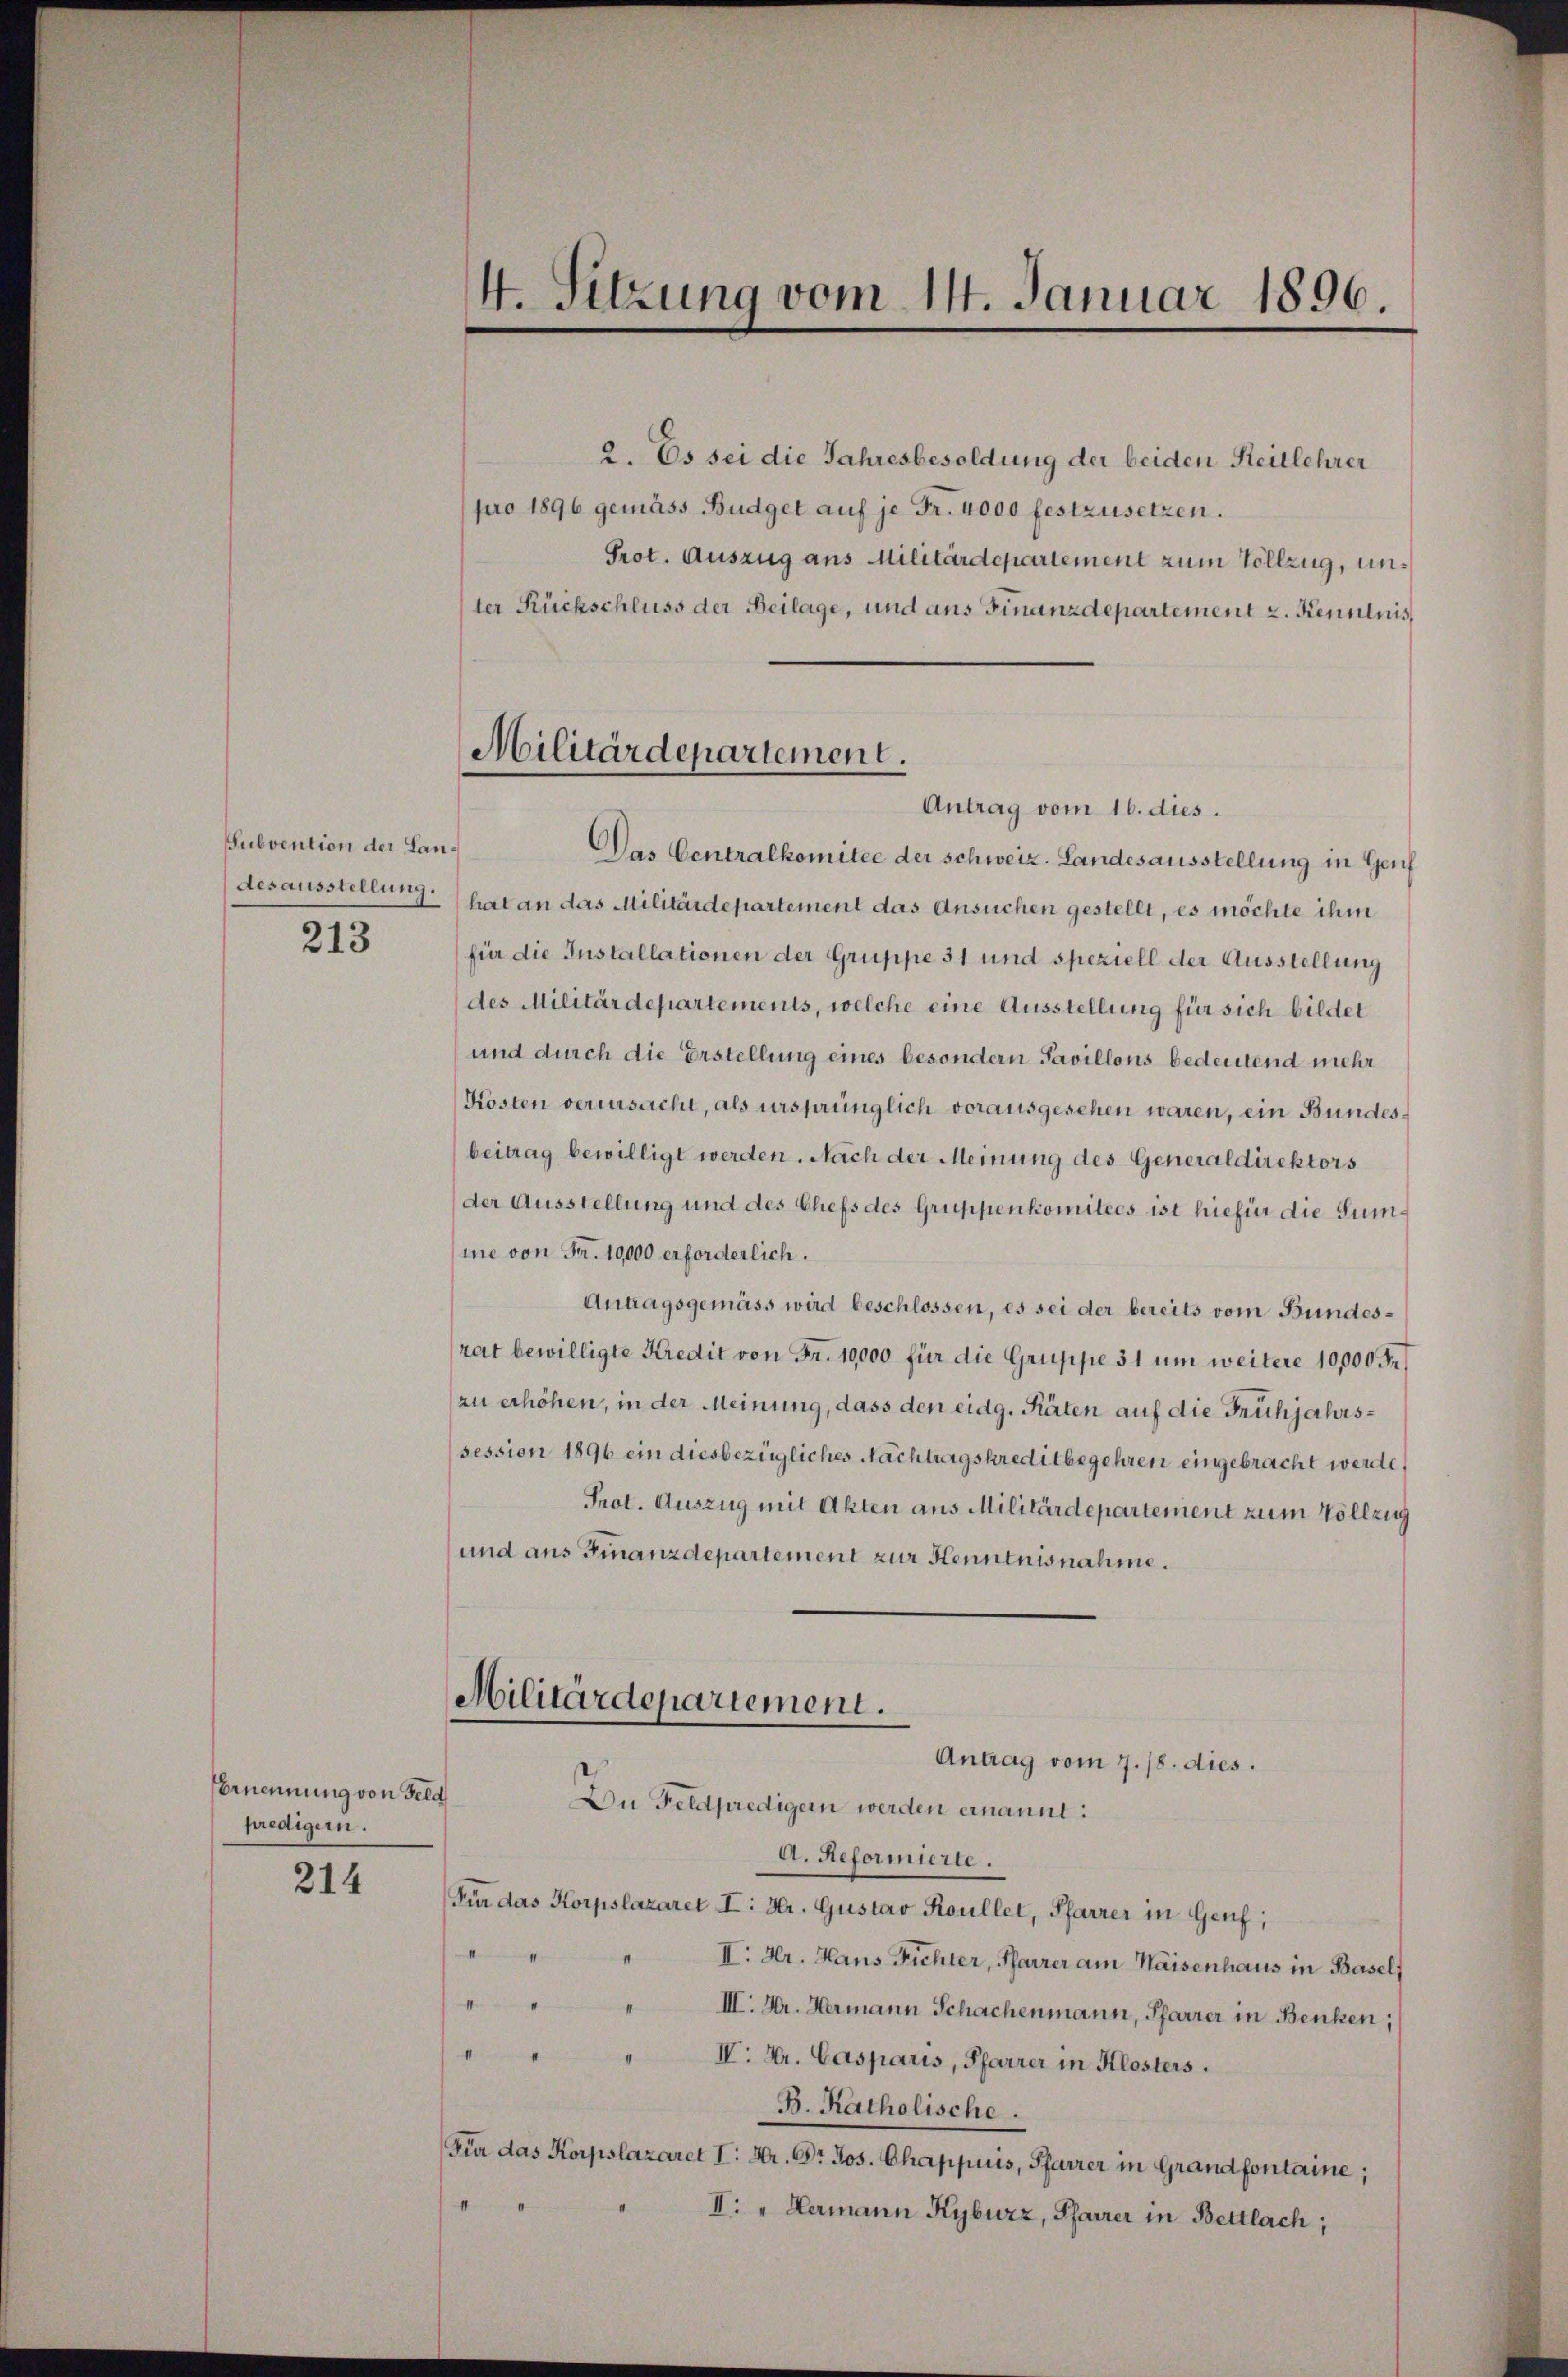
Subvention der Lan¬
213

Ernennung von Feld
predigern.

214

2. Es sei die Jahresbesoldung der beiden Reitlehrer
pro 1896 gemäss Budget auf je Fr. 4000 festzusetzen.
Prot. Auszug aus Militärdepartement zum Vollzug, unter Rückschluss der Beilage, und aus Finanzdepartement z. Kenntnis,
Antrag vom 16. dies.
Das Centralkomitee der schweiz. Landesausstellung in Genf
desausstellung hat an das Militärdepartement das Ansuchen gestellt, es möchte ihm
für die Installationen der Gruppe 31 und speziell der Ausstellung
des Militärdepartements, welche eine Ausstellung für sich bildet
und durch die Erstellung eines besondern Savillons bedeutend mehr
Kosten verursacht, als ursprünglich vorausgesehen waren, ein Bundesbeitrag bewilligt werden. Nach der Meinung des Generaldirektors
der Ausstellung und des Chefs des Gruppenkomitees ist hiefür die Summe von Fr. 10,000 erforderlich.
Antagsgemäss wird beschlossen, es sei der bereits vom Bundesrat bewilligte Kredit von Fr. 10,000 für die Gruppe 31 um weitere 10,000 Fr.
zu erhöhen, in der Meinung, dass den eidg. Räten auf die Frühjahrs¬
(session 1896 ein diesbezügliches Nachtragskreditbegehren eingebracht werde.
Prot. Auszug mit Akten aus Militärdepartement zum Vollzug
und aus Finanzdepartement zur Henntnisnahme.
Militärdepartement.
Antrag vom 7./8. dies.
Du Feldprediger werden ernannt:
A. Reformierte.
Für das Korpslazaret I: Hr. Gustav Koullet, Pfarrer in Genf;
mitt
II. Hr. Hans Fichter, Pfarrer am Waisenhaus in Basel,
III. Kr. Hermann Schachenmann, Pfarrer in Benken;
aimungen
" IV. Hr. Casparis, Pfarrer in Klosters.
B. Katholische.
Für das Korpslazaret I. Hr. Dr Jos. Chappuis, Pfarrer in Grandfontaine;
I. " Hermann Kyburz, Pfarrer in Bettlach,

4. Sitzung vom 14. Januar 1896.

Militärdepartement.